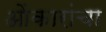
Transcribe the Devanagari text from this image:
ओंकारांचा